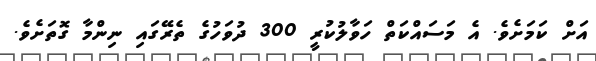
އަށް ކަމަށެވެ. އެ މަސައްކަތް ހަވާލުކުރީ 300 ދުވަހުގެ ތެރޭގައި ނިންމާ ގޮތަށެވެ.